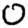
Digit: 0